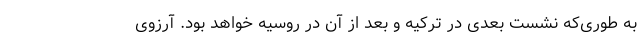
به طوری‌که نشست بعدی در ترکیه و بعد از آن در روسیه خواهد بود. آرزوی